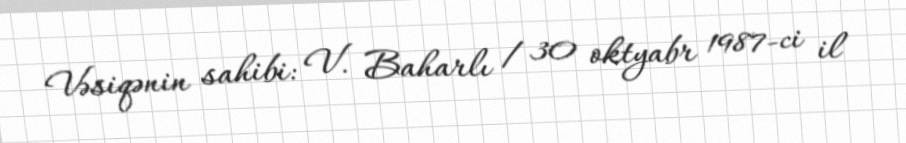
Vəsiqənin sahibi: V. Baharlı / 30 oktyabr 1987-ci il